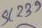
Text: 239